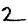
Digit: 2